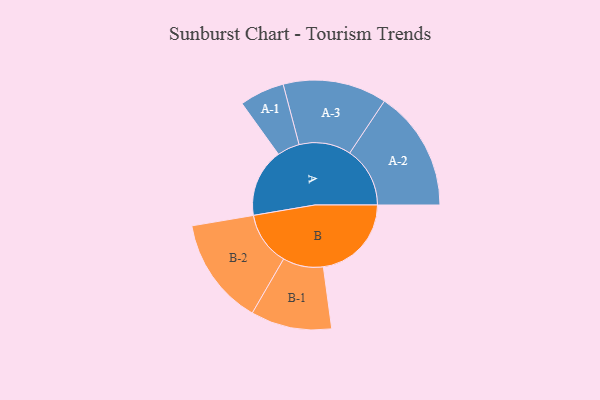
{"axis": {"x": "Segment", "y": "Value"}, "legend": ["", "A", "B"], "data": [{"x": "A", "y": 329, "type": ""}, {"x": "B", "y": 424, "type": ""}, {"x": "A-1", "y": 108, "type": "A"}, {"x": "A-2", "y": 290, "type": "A"}, {"x": "A-3", "y": 250, "type": "A"}, {"x": "B-1", "y": 195, "type": "B"}, {"x": "B-2", "y": 259, "type": "B"}]}